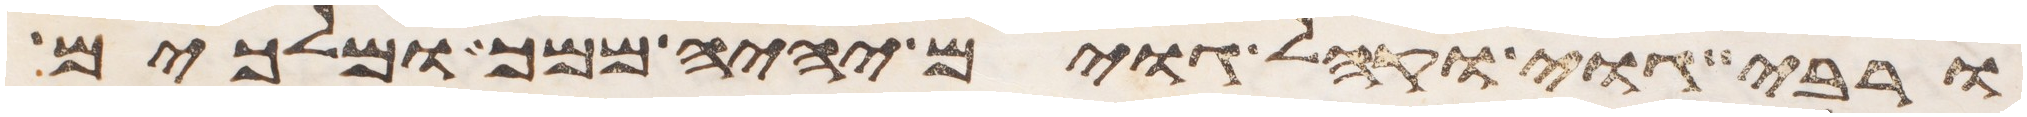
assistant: ורבה גוי וקהל גוים יהיה ממך ומלכים